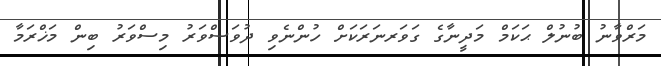
މަރްވާނު ބުނުލް ޙަކަމް މަދީނާގެ ގަވަރނަރަކަށް ހުންނެވި ދުވަސްވަރު މިސްވަރު ބިން މަޚްރަމާ